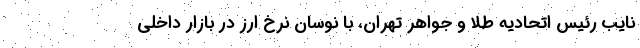
نایب رئیس اتحادیه طلا و جواهر تهران، با نوسان نرخ ارز در بازار داخلی